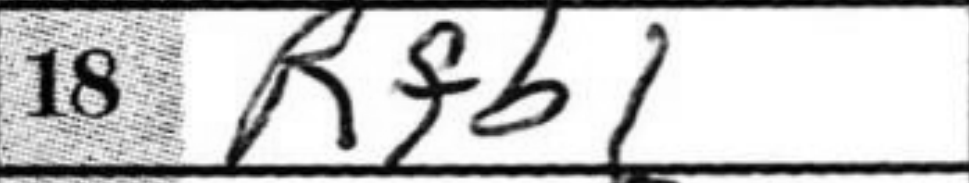
Transcription: Rfb1